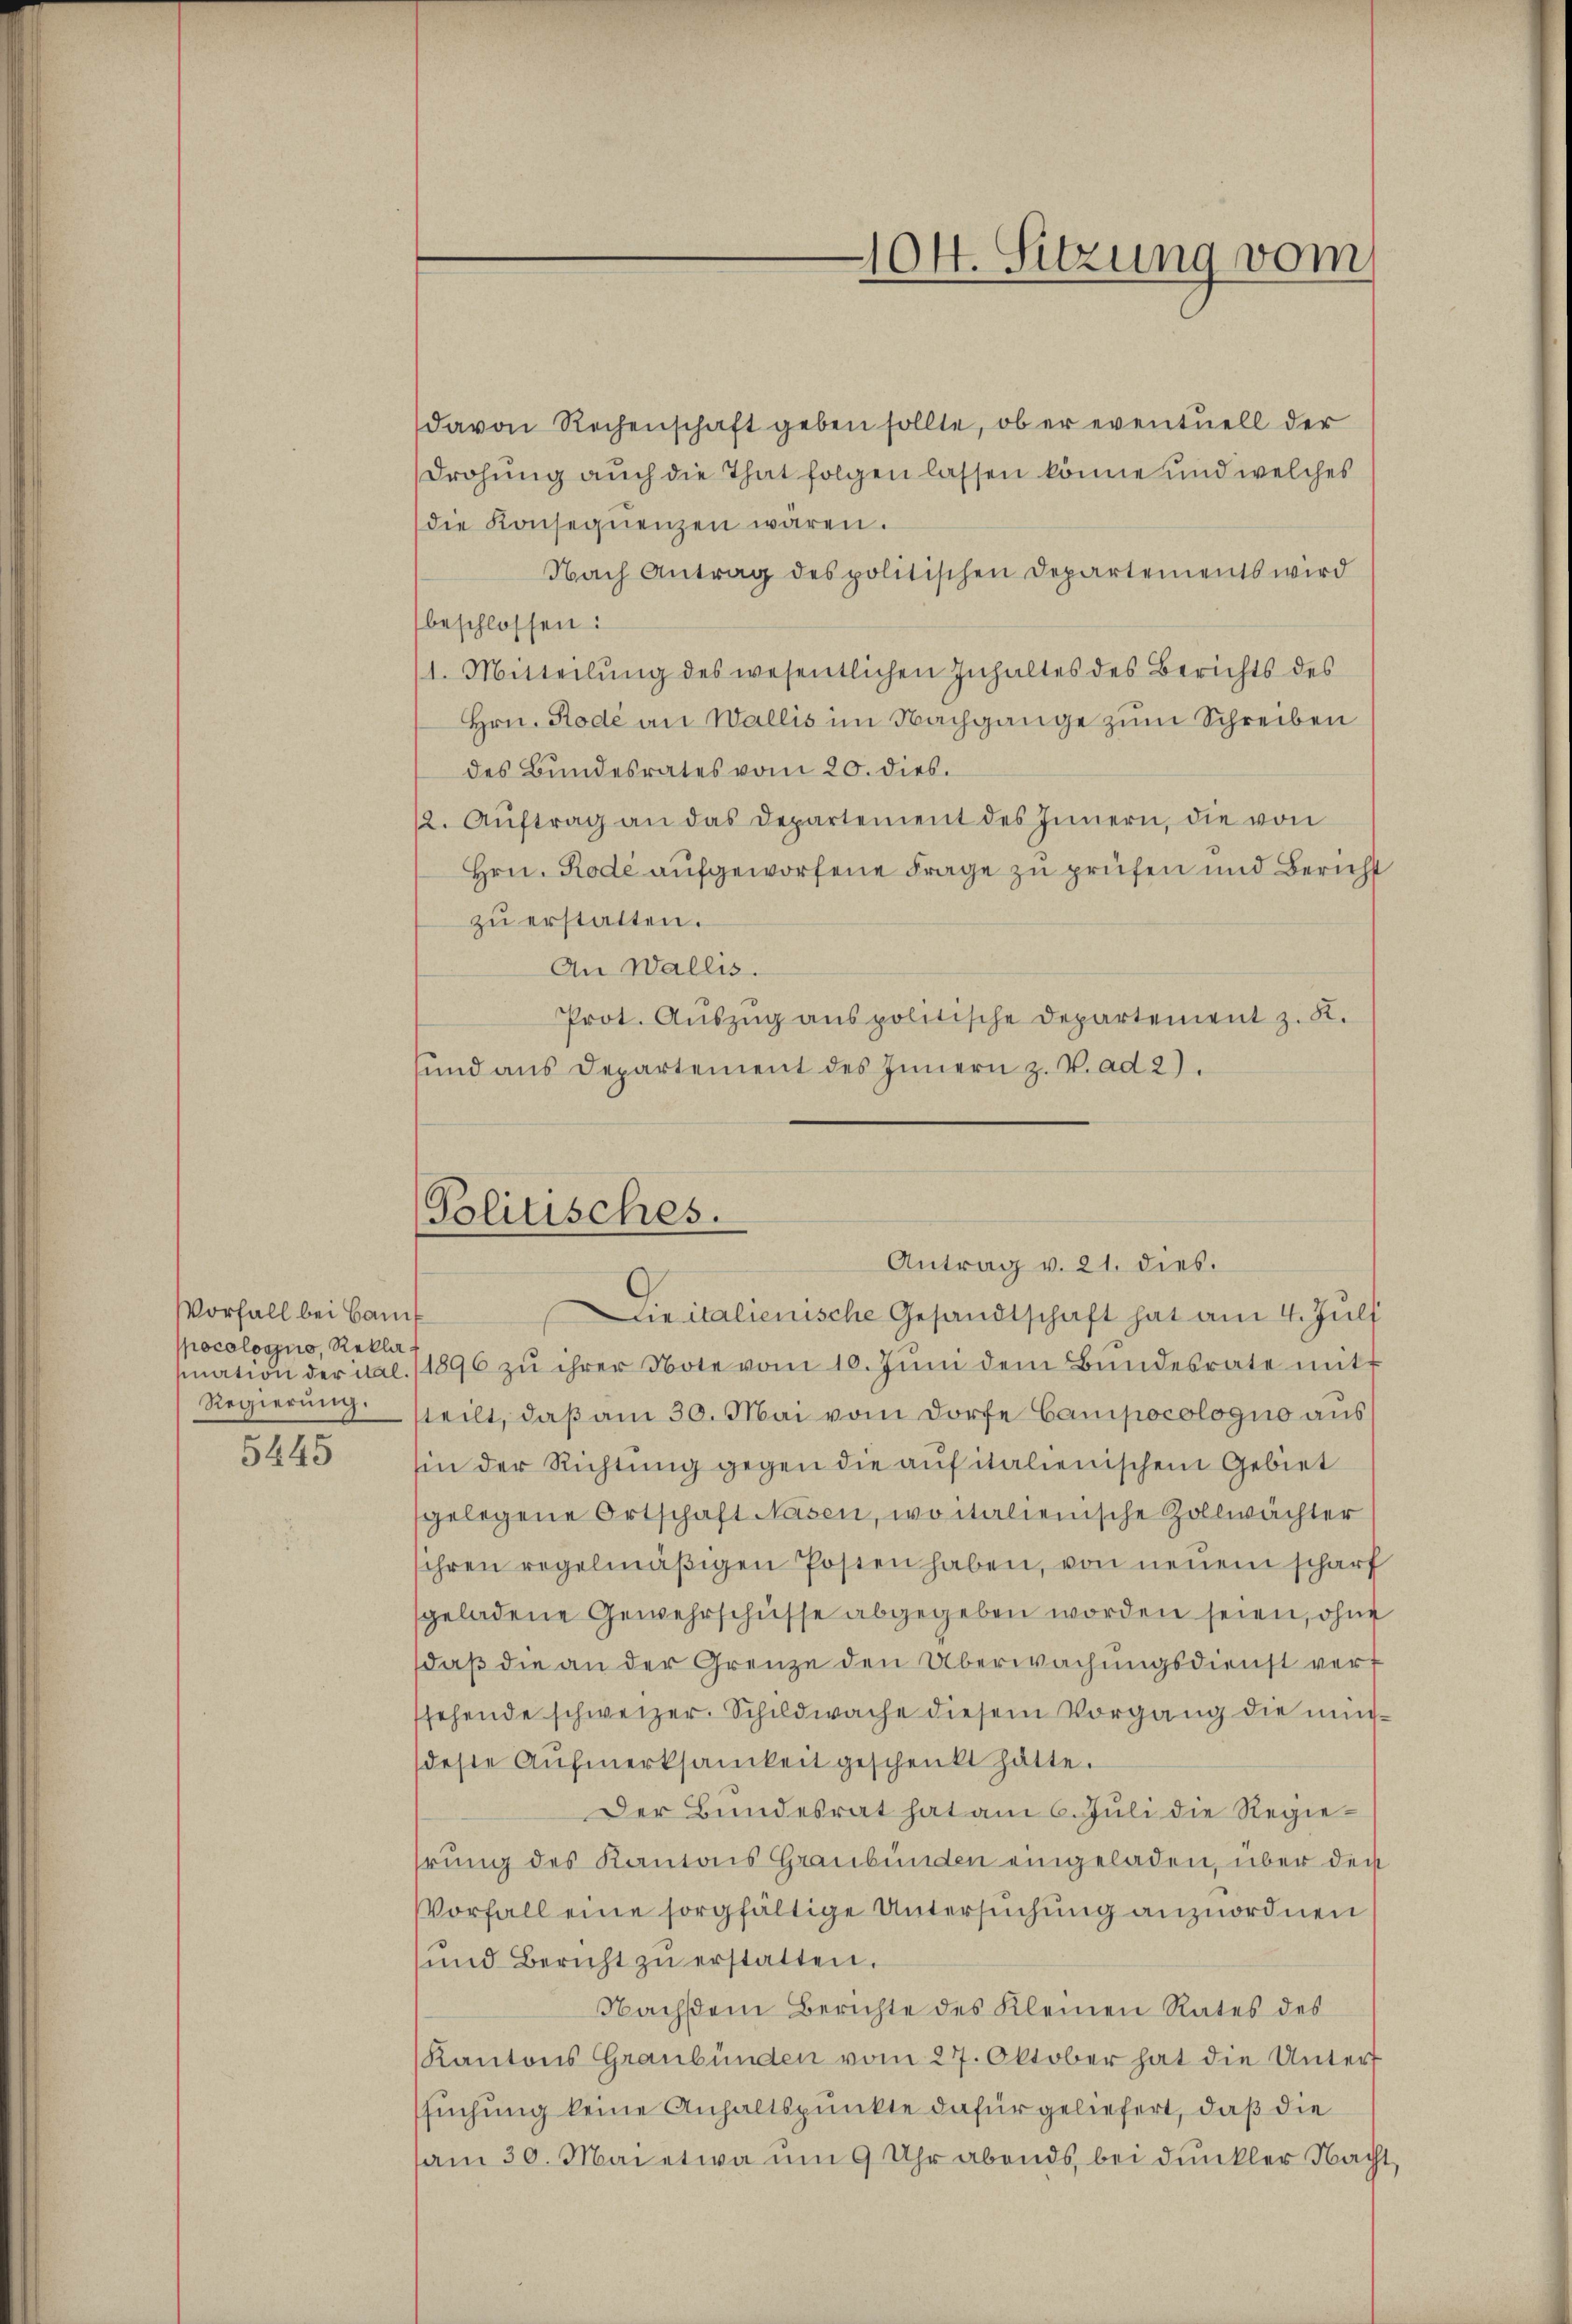
Vorfall bei Bauf
pocologno, Rekla
snation der ital.

5445

davon Rechenschaft geben sollte, ob er eventuell der
Drohung auch die That folgen lassen könne und welches
die Konseqŭenzen wären.
Nach Antrag des politischen Departements wird
beschlossen:
1. Mitteilŭng des wesentlichen Inhaltes des Berichts des
Hrn. Rode an Wallis im Nachgange zum Schreiben
des Bundesrates vom 20. dies.
12. Aŭftrag an das Departement des Innern, die von
Hrn. Rode aufgeworfene Frage zu prüfen und Bericht
zŭ erstatten.
An Wallis.
Prot. Aŭszŭg anspolitische Departement z. R.
sind aus Departement des Innern z. V. ad 2.
e italienische Gesandtschaft hat am 4. Juli
1896 zŭ ihrer Note vom 10. Jŭni dem Bŭndesrate mit
Regierung steilt, daß am 30. Mai vom Dorfe Camipocologno aus
sin der Richtung gegen die auf italienischen Gebiet
gelegene Ortschaft Nasen, woitalienische Zollwächter
ihren regelmäßigen Posten haben, von neuem scharf
geladene Gewehrschüsse abgegeben worden seien, ohne
daβ die an der Grenze den Überwachungsdienst verf
ssehende schweizer. Schildwache diesem Vorgang die mindeste Aŭfmerksamkeit geschenkt hatte.
Der Bundesrat hat am 6. Juli die Regiehrung des Kantons Graubünden eingeladen, über der
Vorfall eine sorgfältige Untersuchung anzuordnen
ŭnd Bericht zŭ erstatten.
Nachstein Berichte des Kleinen Rates des
Kantons Graubünden vom 27. Oktober hat die Untert
suchung keine Anhaltspunkte dafür geliefert, daß die
am 30. Mai etwa um 9 Uhr abends bei dunkler Nacht

104. Sitzung vom

Politisches.
Antrag v. 21. dies.